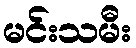
မင်းသမီး